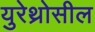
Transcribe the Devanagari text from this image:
युरेथ्रोसील